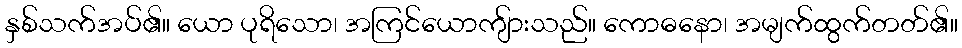
နှစ်သက်အပ်၏။ ယော ပုရိသော၊ အကြင်ယောကျ်ားသည်။ ကောဓနော၊ အမျက်ထွက်တတ်၏။